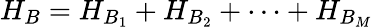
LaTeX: H_{B}=H_{B_{1}}+H_{B_{2}}+\dots+H_{B_{M}}